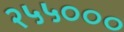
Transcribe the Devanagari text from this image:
२५५०००